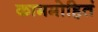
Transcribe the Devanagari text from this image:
काममोहितं